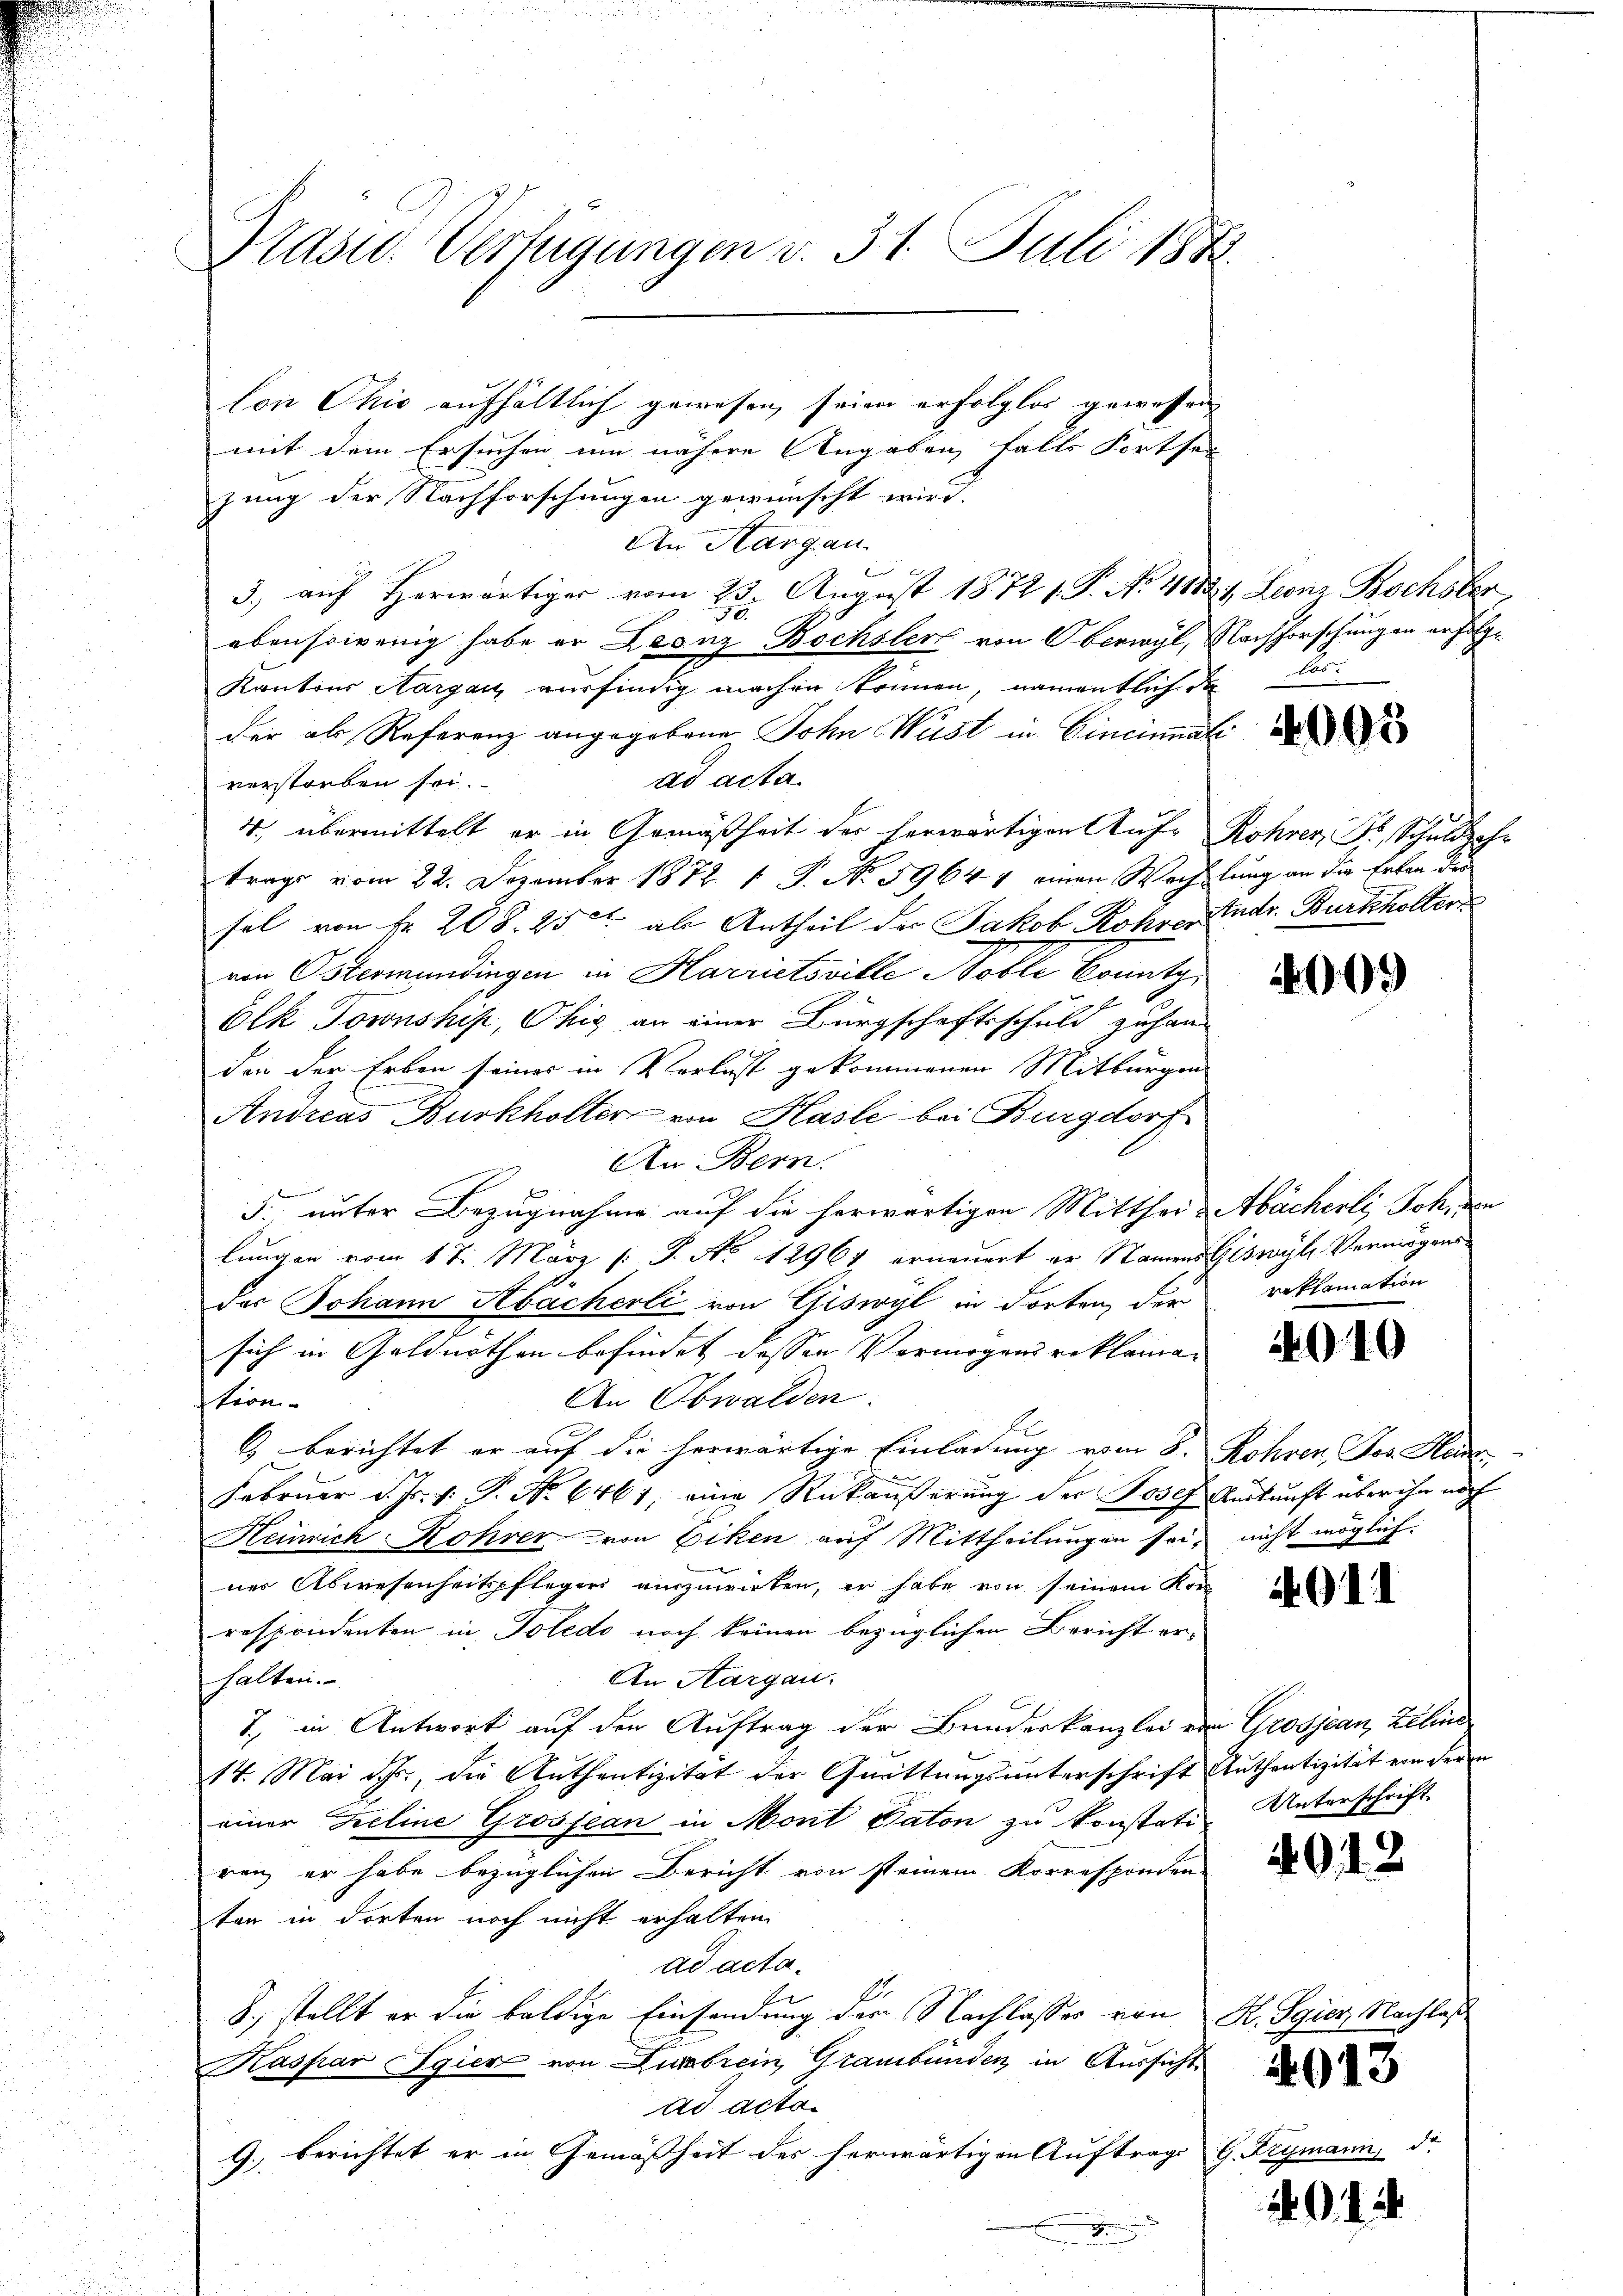
Präsid. Verfügungen v. 31. Juli 1882.

lon Ohio aufhältlich gewesen, seien erfolglos gewissen
mit dem Ersuchen um nähere Angaben falls Fortsei
zung der Nachforschungen gewünscht wird.
An Aargau.
3.) auf herwärtiger vom 25. August 1872 1. P. No. 41821, Leonz Bochsler,
2
ebensowenig habe er Leonz Bochsler von Oberwyl, Nachforschungen erfolg¬
Kantons Aargau ausfindig machen können, namentlich da
der als Referenz angegebene Toten Wüst in Cincinnah
ad acta
verstorben sei.
4. übermittelt er in Gemäßheit der herwärtigen Auf- Röhrer, Dr. Schuljahr
trage vom 22. Dezember 1872. 1. P. No 59644 einen Wechslung an die Erben der
fel von Fr. 208. 25t als Antheil der Jakob Rohrer Endr. Burkholter
von Ostermündingen in Harrietsville Noble konntg¬
Elk Tornship, Ohig an einer Bürgschaftsschuld zuhanden der Erben seiner in Verlust gekommenen Mitbürgen
Andreas Burkholter von Hasle bei Burgdorf
An Bern.
e
3., unter Bezugnahme auf die herwärtigen Mitthei- Abächerli, Joh.
lungen vom 17. März l. J. No 12964 erneuert er Namens Giswyl, Vermögensdes Johann Abächerli von Giswyl in dorten, der
sich in Geldnothen befindet dessen Vermögens reklama¬
An Obwalden.
tern-
6) berichtet er auf die herwärtige Einladung vom 8. Röhren Jos. Heinr
Februar d. Js. v. P. Nr. 6461, eine Rükäußerung der Josef Auskunft über ihn noch
Heinrich Rohrer von Ecken auf Mittheilungen sei-
ner Abwesenheitspflegers auszuwirken, er habe von seinem Kor
respondenten in Toledo noch keinen bezüglichen Bericht erhalten.
An Aargau.
7., in Antwort auf den Auftrag der Bundeskanzlei von Grosjean, Zelind
14. Mai d. h., die Anthentizität der Quittungsunterschrift Authentizität ein deren
einer Zeline Grosse an in Mont Paton zu konstatiren er habe bezüglichen Bericht von steinem Korresponden-
ten in dorten noch nicht erhalten
ad acta.
8., stellt er die baldige Einsendung der Nachlasses von K. Sgiez, Nachlaß
Kaspar Egier von Liebrein, Graubünden, in Aussicht
ad acto¬
9. berichtet er in Gemäßheit des herwärtigen Auftrags
2

a

nicht möglich.

G. Beymar

909

11

4003

reklamation

010

Unterschrift.

0

4013

272

. . . .